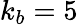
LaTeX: k_{b}=5